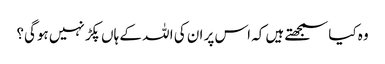
وہ کیاسمجھتے ہیں کہ اس پر ان کی ا للہ کے ہاں پکڑ نہیں ہوگی؟